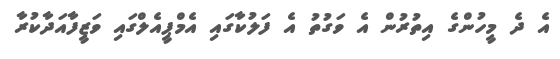
އެ ދެ މީހުންގެ އިތުރުން އެ ވަގުތު އެ ފަލުކާގައި އެމްޕީއެލްގައި ވަޒީފާއަދާކުރާ